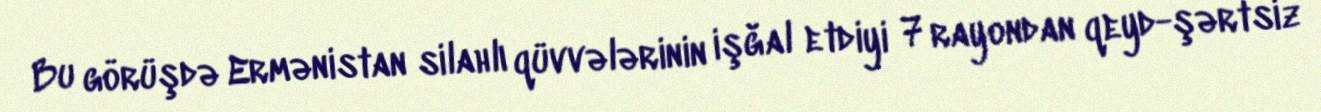
Bu görüşdə Ermənistan silahlı qüvvələrinin işğal etdiyi 7 rayondan qeyd-şərtsiz